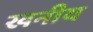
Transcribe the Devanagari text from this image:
खनीय